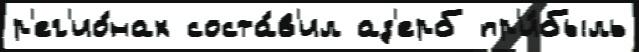
р'ег'ио́нах соста́в'ил аз'ерб пр'и́быль